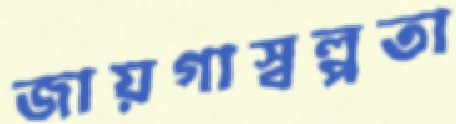
জায়গাস্বল্পতা